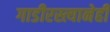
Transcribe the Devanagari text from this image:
गाडीरस्त्यानेही